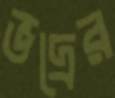
ভদ্রের